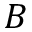
B